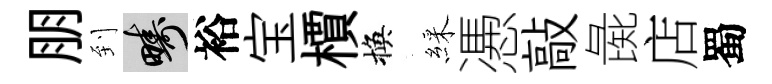
朋到疇裕宝檟換綵慿敲彘店蜀